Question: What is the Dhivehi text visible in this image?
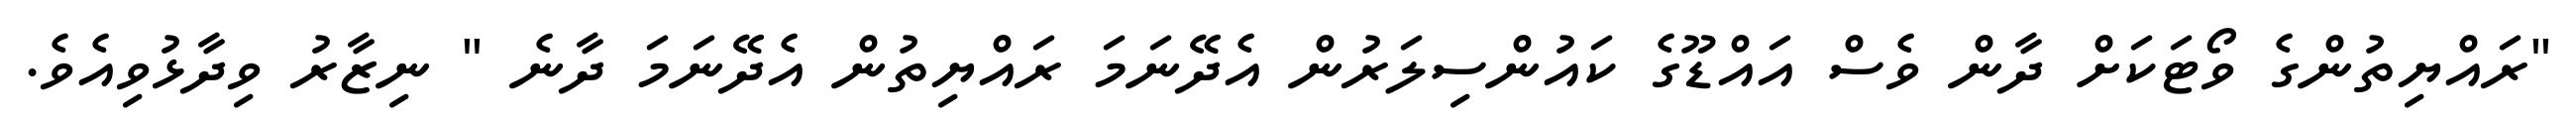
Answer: "ރައްޔިތުންގެ ވޯޓަކަށް ދާން ވެސް އައްޑޫގެ ކައުންސިލަރުން އެދޭނަމަ ރައްޔިތުން އެދޭނަމަ ދާނެ " ނިޒާރު ވިދާޅުވިއެވެ.